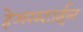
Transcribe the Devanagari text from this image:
हेअरस्टाईल